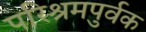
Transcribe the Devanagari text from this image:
परिश्रमपुर्वक